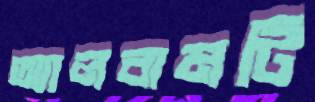
অ্যালবামটি